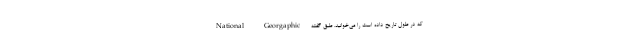
که در طول تاریخ داده است را می‌خوانید. طبق گفته National Georgaphic